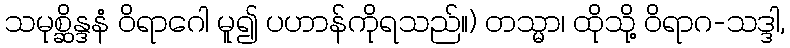
သမုစ္ဆိန္ဒနံ ဝိရာဂေါ မူ၍ ပဟာန်ကိုရသည်။) တသ္မာ၊ ထိုသို့ ဝိရာဂ-သဒ္ဒါ,